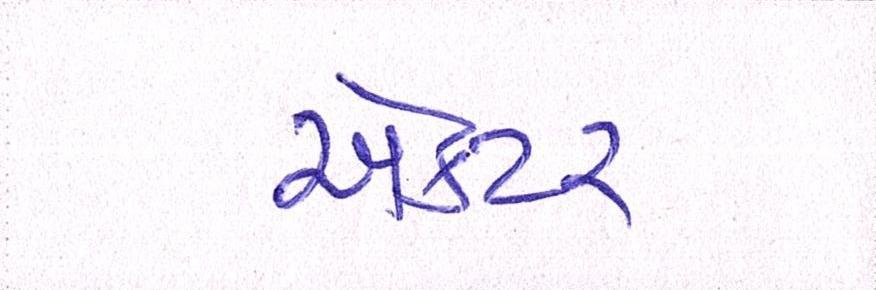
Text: ઍક્ટર